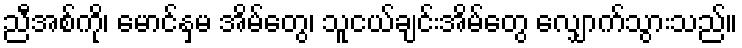
ညီအစ်ကို၊ မောင်နှမ အိမ်တွေ၊ သူငယ်ချင်းအိမ်တွေ လျှောက်သွားသည်။